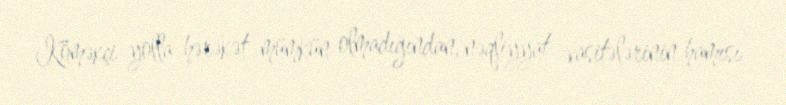
Köməkçi yolla hərəkət mümkün olmadığından, nəqliyyat vasitələrinin hamısı